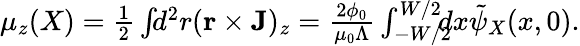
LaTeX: \begin{array}{r}{\mu_{z}(X)=\frac{1}{2}\int\! \! d^{2}r({\mathbf r}\times{\mathbf J})_{z}=\frac{2\phi_{0}}{\mu_{0}\Lambda}\int_{-W/2}^{W/2}\! \! \! \! dx\tilde{\psi}_{X}(x,0).}\end{array}